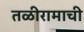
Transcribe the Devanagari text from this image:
तळीरामाची